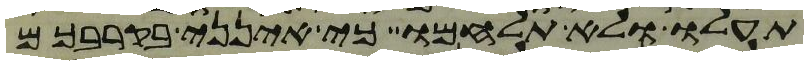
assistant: תעלו ולא תלחמו כי אינני בקרבכם